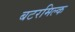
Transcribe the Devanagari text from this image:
बटरमिल्क